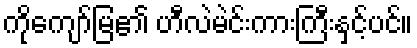
ကိုကျော်မြ၏ ဟီလဲမဲင်းကားကြီးနှင့်ပင်။